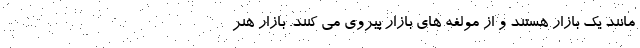
مانند یک بازار هستند و از مولفه های بازار پیروی می کنند. بازار هنر